Vaccination in the Punjab 1883-1896 - 1883-1896
Year: 1883
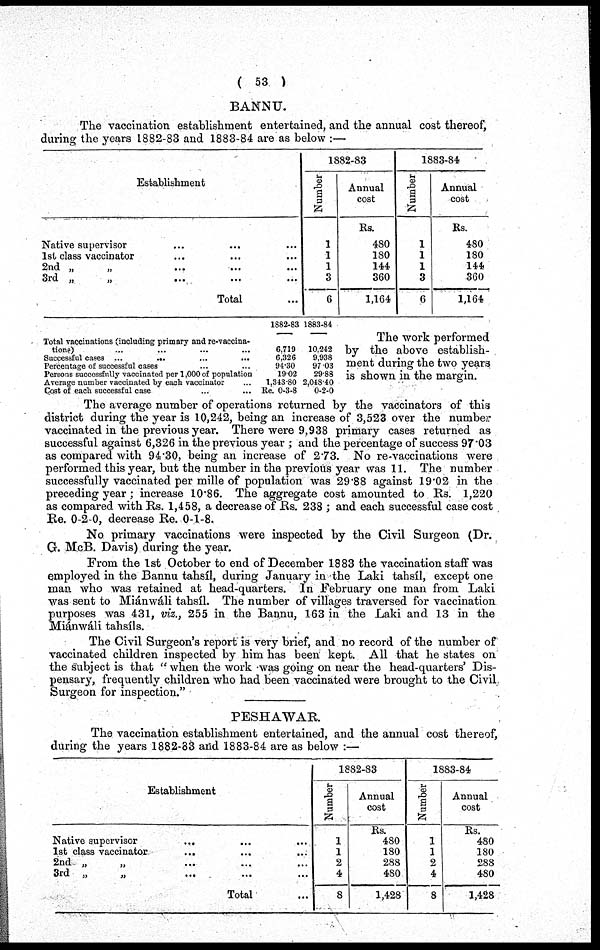
( 53 )
BANNU.
The vaccination establishment entertained, and the annual cost thereof,
during the years 1882-83 and 1883-84 are as below :—
Establishment
Native supervisor ... ... ...
1st class vaccinator ... ... ...
2nd „ „ ... ... ...
3rd
„
„
...
...
...
Total ...
1882-83
Number
1
1
1
3
6
Annual
cost
Rs.
480
180
144
360
1,164
1883-84
Number
1
1
1
3
6
Annual
cost
Rs.
480
180
144
360
1,164
Total vaccinations (including primary and re-vaccina-
tions) ... ... ... ...
Successful cases ... ... ... ...
Percentage of successful cases ... ... ... ...
Persons successfully vaccinated per 1,000 of population
Average number vaccinated by each vaccinator ... ...
Cost of each successful case ... ... ... ...
1882-83
6,719
6,326
94.30
19.02
1,343-80
Re. 0-3-8
1883-84
10,242
9,938
97.03
29.88
2,048.40
0-2-0
The work performed
by the above establish-
ment during the two years
is shown in the margin.
The average number of operations returned by the vaccinators of this
district during the year is 10,242, being an increase of 3,523 over the number
vaccinated in the previous year. There were 9,938 primary cases returned as
successful against 6,326 in the previous year ; and the percentage of success 97.03
as compared with 94.30, being an increase of 2.73. No re-vaccinations were
performed this year, but the number in the previous year was 11. The number
successfully vaccinated per mille of population was 29.88 against 19.02 in the
preceding year; increase 10.86. The aggregate cost amounted to Rs. 1,220
as compared with Rs. 1,458, a decrease of Rs. 238; and each successful case cost
Re. 0-2-0, decrease Re. 0-1-8.
No primary vaccinations were inspected by the Civil Surgeon (Dr.
G. McB. Davis) during the year.
From the 1st October to end of December 1883 the vaccination staff was
employed in the Bannu tahsíl, during January in the Laki tahsíl, except one
man who was retained at head-quarters. In February one man from Laki
was sent to Miánwáli tahsíl. The number of villages traversed for vaccination
purposes was 431, viz., 255 in the Bannu, 163 in the Laki and 13 in the
Miánwáli tahsíls.
The Civil Surgeon's report is very brief, and no record of the number of
vaccinated children inspected by him has been kept. All that he states on
the subject is that "when the work was going on near the head-quarters' Dis-
pensary, frequently children who had been vaccinated were brought to the Civil
Surgeon for inspection."
PESHAWAR.
The vaccination establishment entertained, and the annual cost thereof,
during the years 1882-83 and 1883-84 are as below :—
Establishment
Native supervisor ... ... ...
1st class vaccinator ... ... ...
2nd „ „ ... ... ...
3rd „ „ ... ... ...
Total ...
1882-83
Number
1
1
2
4
8
Annual
cost
Rs.
480
180
288
480
1,428
1883-84
Number
1
1
2
4
8
Annual
cost
Rs.
480
180
288
480
1,428